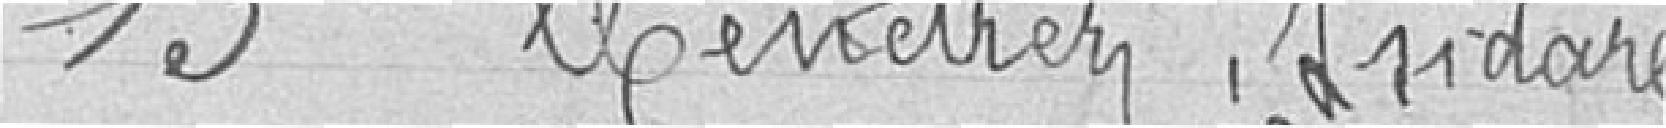
13. MENDREY Isidore